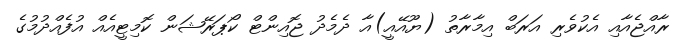
ރާއްޖެއާއި އެކުވެރި އަރަބް އިމާރާތު (ޔޫއޭއީ)އާ ދެމެދު ޖޮއިންޓް ކޯޕަރޭޝަން ކޮމިޓީއެއް އުފެއްދުމުގެ